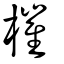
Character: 槯